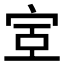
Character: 𫳇